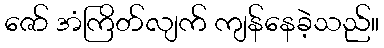
ဇော် အံကြိတ်လျက် ကျန်နေခဲ့သည်။